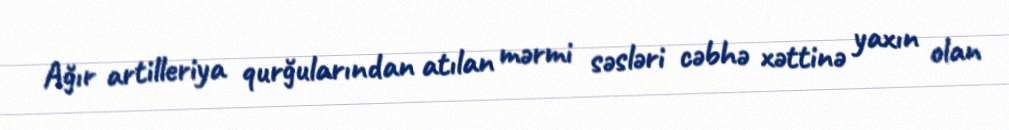
Ağır artilleriya qurğularından atılan mərmi səsləri cəbhə xəttinə yaxın olan